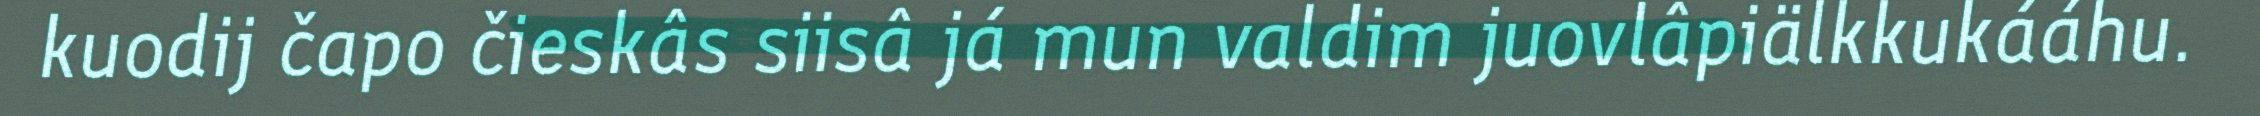
kuodij čapo čieskâs siisâ já mun valdim juovlâpiälkkukááhu.